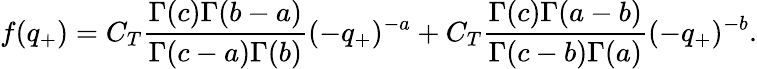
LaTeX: f(q_{+})=C_{T}\frac{\Gamma(c)\Gamma(b-a)}{\Gamma(c-a)\Gamma(b)}(-q_{+})^{-a}+C_{T}\frac{\Gamma(c)\Gamma(a-b)}{\Gamma(c-b)\Gamma(a)}(-q_{+})^{-b}.